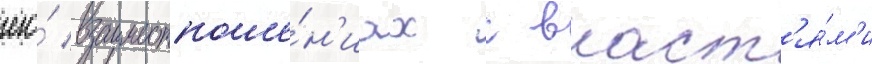
его́ взаимоотноше́н'иах с власт'я́м'и